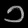
Digit: ၁